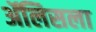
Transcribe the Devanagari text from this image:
ॲलिसला